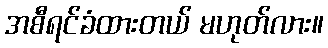
အစီရင်ခံထားတယ် မဟုတ်လား။